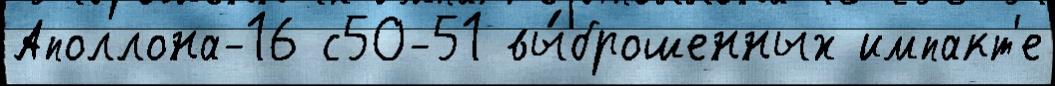
Аполлона-16 с50-51 вы́брошенных импакт'е